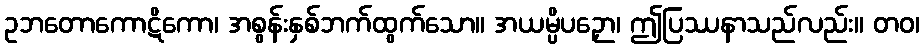
ဥဘတောကောဋိကော၊ အစွန်းနှစ်ဘက်ထွက်သော။ အယမ္ပိပဉှော၊ ဤပြဿနာသည်လည်း။ တဝ၊